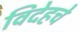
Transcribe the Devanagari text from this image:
विदेहचे